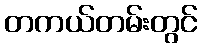
တကယ်တမ်းတွင်